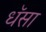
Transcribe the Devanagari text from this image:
धॅसा